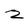
Character: 2